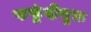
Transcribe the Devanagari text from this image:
फफूंदीयुक्त